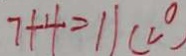
7 + 4 = 1 1 ( c ^ { \circ } )